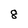
Character: 8